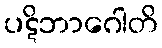
ပဋိဘာဂေါတိ